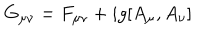
LaTeX: G _ { \mu \nu } = F _ { \mu \nu } + i g [ A _ { \mu } , A _ { \nu } ]